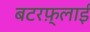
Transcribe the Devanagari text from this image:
बटरफ़्लाई